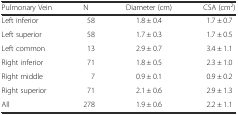
| Pulmonary Vein | N | Diameter (cm) | CSA (cm2) |
 | --- | --- | --- | --- |
 | Left inferior | 58 | 1.8 ± 0.4 | 1.7 ± 0.7 |
 | Left superior | 58 | 1.7 ± 0.3 | 1.7 ± 0.5 |
 | Left common | 13 | 2.9 ± 0.7 | 3.4 ± 1.1 |
 | Right inferior | 71 | 1.8 ± 0.5 | 2.3 ± 1.0 |
 | Right middle | 7 | 0.9 ± 0.1 | 0.9 ± 0.2 |
 | Right superior | 71 | 2.1 ± 0.6 | 2.9 ± 1.3 |
 | All | 278 | 1.9 ± 0.6 | 2.2 ± 1.1 |